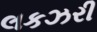
લકઝરી